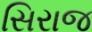
સિરાજ